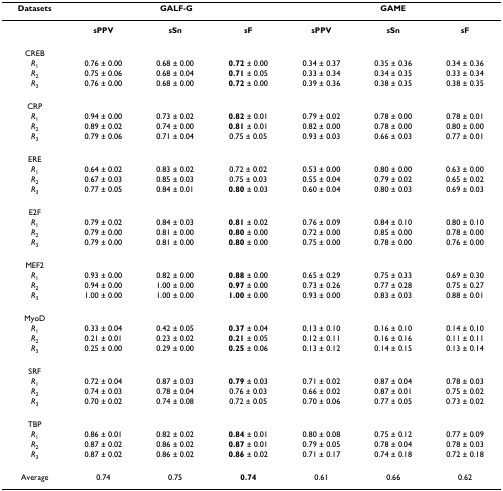
<table><thead><tr><td><b>Datasets</b></td><td colspan="3"><b>GALF-G</b></td><td colspan="3"><b>GAME</b></td></tr></thead><tbody><tr><td></td><td><b>sPPV</b></td><td><b>sSn</b></td><td><b>sF</b></td><td><b>sPPV</b></td><td><b>sSn</b></td><td><b>sF</b></td></tr><tr><td>CREB</td><td></td><td></td><td></td><td></td><td></td><td></td></tr><tr><td><i>R</i><sub>1</sub></td><td>0.76 ± 0.00</td><td>0.68 ± 0.00</td><td><b>0.72 </b>± 0.00</td><td>0.34 ± 0.37</td><td>0.35 ± 0.36</td><td>0.34 ± 0.36</td></tr><tr><td><i>R</i><sub>2</sub></td><td>0.75 ± 0.06</td><td>0.68 ± 0.04</td><td><b>0.71 </b>± 0.05</td><td>0.33 ± 0.34</td><td>0.34 ± 0.35</td><td>0.33 ± 0.34</td></tr><tr><td><i>R</i><sub>3</sub></td><td>0.76 ± 0.00</td><td>0.68 ± 0.00</td><td><b>0.72 </b>± 0.00</td><td>0.39 ± 0.36</td><td>0.38 ± 0.35</td><td>0.38 ± 0.35</td></tr><tr><td>CRP</td><td></td><td></td><td></td><td></td><td></td><td></td></tr><tr><td><i>R</i><sub>1</sub></td><td>0.94 ± 0.00</td><td>0.73 ± 0.02</td><td><b>0.82 </b>± 0.01</td><td>0.79 ± 0.02</td><td>0.78 ± 0.00</td><td>0.78 ± 0.01</td></tr><tr><td><i>R</i><sub>2</sub></td><td>0.89 ± 0.02</td><td>0.74 ± 0.00</td><td><b>0.81 </b>± 0.01</td><td>0.82 ± 0.00</td><td>0.78 ± 0.00</td><td>0.80 ± 0.00</td></tr><tr><td><i>R</i><sub>3</sub></td><td>0.79 ± 0.06</td><td>0.71 ± 0.04</td><td>0.75 ± 0.05</td><td>0.93 ± 0.03</td><td>0.66 ± 0.03</td><td>0.77 ± 0.01</td></tr><tr><td>ERE</td><td></td><td></td><td></td><td></td><td></td><td></td></tr><tr><td><i>R</i><sub>1</sub></td><td>0.64 ± 0.02</td><td>0.83 ± 0.02</td><td>0.72 ± 0.02</td><td>0.53 ± 0.00</td><td>0.80 ± 0.00</td><td>0.63 ± 0.00</td></tr><tr><td><i>R</i><sub>2</sub></td><td>0.67 ± 0.03</td><td>0.85 ± 0.03</td><td>0.75 ± 0.03</td><td>0.55 ± 0.04</td><td>0.79 ± 0.02</td><td>0.65 ± 0.02</td></tr><tr><td><i>R</i><sub>3</sub></td><td>0.77 ± 0.05</td><td>0.84 ± 0.01</td><td><b>0.80 </b>± 0.03</td><td>0.60 ± 0.04</td><td>0.80 ± 0.03</td><td>0.69 ± 0.03</td></tr><tr><td>E2F</td><td></td><td></td><td></td><td></td><td></td><td></td></tr><tr><td><i>R</i><sub>1</sub></td><td>0.79 ± 0.02</td><td>0.84 ± 0.03</td><td><b>0.81 </b>± 0.02</td><td>0.76 ± 0.09</td><td>0.84 ± 0.10</td><td>0.80 ± 0.10</td></tr><tr><td><i>R</i><sub>2</sub></td><td>0.79 ± 0.00</td><td>0.81 ± 0.00</td><td><b>0.80 </b>± 0.00</td><td>0.72 ± 0.00</td><td>0.85 ± 0.00</td><td>0.78 ± 0.00</td></tr><tr><td><i>R</i><sub>3</sub></td><td>0.79 ± 0.00</td><td>0.81 ± 0.00</td><td><b>0.80 </b>± 0.00</td><td>0.75 ± 0.00</td><td>0.78 ± 0.00</td><td>0.76 ± 0.00</td></tr><tr><td>MEF2</td><td></td><td></td><td></td><td></td><td></td><td></td></tr><tr><td><i>R</i><sub>1</sub></td><td>0.93 ± 0.00</td><td>0.82 ± 0.00</td><td><b>0.88 </b>± 0.00</td><td>0.65 ± 0.29</td><td>0.75 ± 0.33</td><td>0.69 ± 0.30</td></tr><tr><td><i>R</i><sub>2</sub></td><td>0.94 ± 0.00</td><td>1.00 ± 0.00</td><td><b>0.97 </b>± 0.00</td><td>0.73 ± 0.26</td><td>0.77 ± 0.28</td><td>0.75 ± 0.27</td></tr><tr><td><i>R</i><sub>3</sub></td><td>1.00 ± 0.00</td><td>1.00 ± 0.00</td><td><b>1.00 </b>± 0.00</td><td>0.93 ± 0.00</td><td>0.83 ± 0.03</td><td>0.88 ± 0.01</td></tr><tr><td>MyoD</td><td></td><td></td><td></td><td></td><td></td><td></td></tr><tr><td><i>R</i><sub>1</sub></td><td>0.33 ± 0.04</td><td>0.42 ± 0.05</td><td><b>0.37 </b>± 0.04</td><td>0.13 ± 0.10</td><td>0.16 ± 0.10</td><td>0.14 ± 0.10</td></tr><tr><td><i>R</i><sub>2</sub></td><td>0.21 ± 0.01</td><td>0.23 ± 0.02</td><td><b>0.21 </b>± 0.05</td><td>0.12 ± 0.11</td><td>0.16 ± 0.16</td><td>0.11 ± 0.11</td></tr><tr><td><i>R</i><sub>3</sub></td><td>0.25 ± 0.00</td><td>0.29 ± 0.00</td><td><b>0.25 </b>± 0.06</td><td>0.13 ± 0.12</td><td>0.14 ± 0.15</td><td>0.13 ± 0.14</td></tr><tr><td>SRF</td><td></td><td></td><td></td><td></td><td></td><td></td></tr><tr><td><i>R</i><sub>1</sub></td><td>0.72 ± 0.04</td><td>0.87 ± 0.03</td><td><b>0.79 </b>± 0.03</td><td>0.71 ± 0.02</td><td>0.87 ± 0.04</td><td>0.78 ± 0.03</td></tr><tr><td><i>R</i><sub>2</sub></td><td>0.74 ± 0.03</td><td>0.78 ± 0.04</td><td>0.76 ± 0.03</td><td>0.66 ± 0.02</td><td>0.87 ± 0.01</td><td>0.75 ± 0.02</td></tr><tr><td><i>R</i><sub>3</sub></td><td>0.70 ± 0.02</td><td>0.74 ± 0.08</td><td>0.72 ± 0.05</td><td>0.70 ± 0.06</td><td>0.77 ± 0.05</td><td>0.73 ± 0.02</td></tr><tr><td>TBP</td><td></td><td></td><td></td><td></td><td></td><td></td></tr><tr><td><i>R</i><sub>1</sub></td><td>0.86 ± 0.01</td><td>0.82 ± 0.02</td><td><b>0.84 </b>± 0.01</td><td>0.80 ± 0.08</td><td>0.75 ± 0.12</td><td>0.77 ± 0.09</td></tr><tr><td><i>R</i><sub>2</sub></td><td>0.87 ± 0.02</td><td>0.86 ± 0.02</td><td><b>0.87 </b>± 0.01</td><td>0.79 ± 0.05</td><td>0.78 ± 0.04</td><td>0.78 ± 0.03</td></tr><tr><td><i>R</i><sub>3</sub></td><td>0.87 ± 0.02</td><td>0.86 ± 0.02</td><td><b>0.86 </b>± 0.02</td><td>0.71 ± 0.17</td><td>0.74 ± 0.18</td><td>0.72 ± 0.18</td></tr><tr><td>Average</td><td>0.74</td><td>0.75</td><td><b>0.74</b></td><td>0.61</td><td>0.66</td><td>0.62</td></tr></tbody></table>